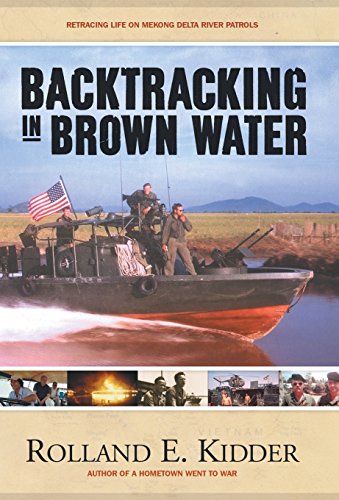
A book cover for Backtracking in Brown Water: Retracing Life on Mekong Delta River Patrols; Rolland E. Kidder; Travel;